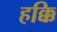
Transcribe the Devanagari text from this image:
हक्कि